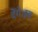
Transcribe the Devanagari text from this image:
देंगे।इस